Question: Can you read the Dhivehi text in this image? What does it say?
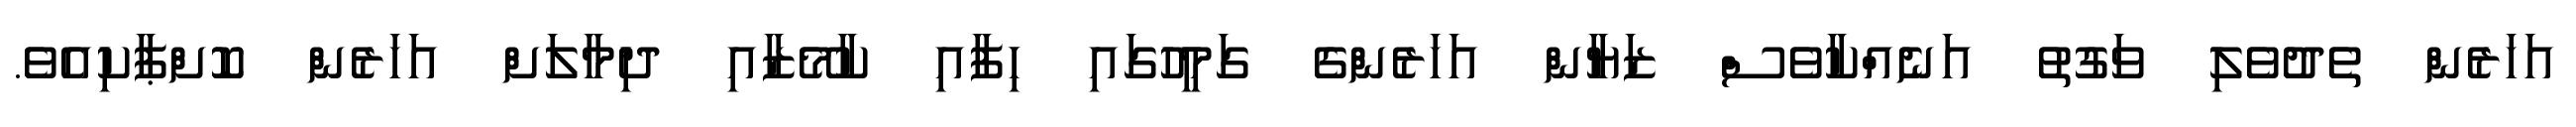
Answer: އަހަރެން ތެދުވެލި ވަގުތު އަނެއްކާވެސް ޒަޔާން އަހަރެންގެ ގަމީހުގައި ހިފާއި ކާމޭޒާއި ދިމާލަށް އަހަރެން ކޮށްޕާކިއެވެ.